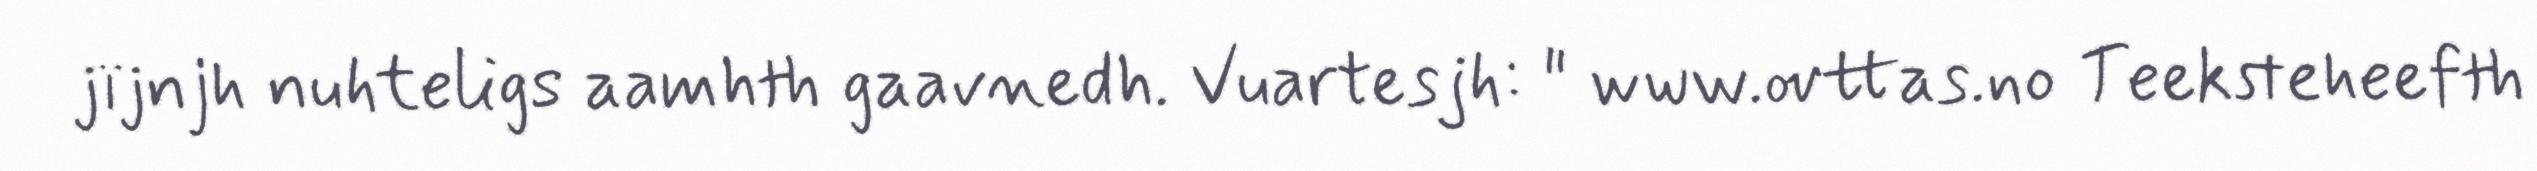
jïjnjh nuhteligs aamhth gaavnedh. Vuartesjh: " www.ovttas.no Teeksteheefth